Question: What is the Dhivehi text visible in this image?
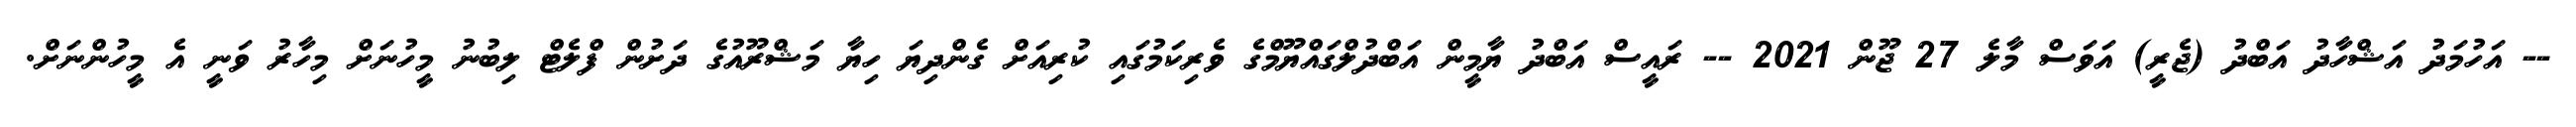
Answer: -- އަހުމަދު އަޝްހާދު އަބްދު (ޖެރީ) އަވަސް މާލެ 27 ޖޫން 2021 -- ރައީސް އަބްދު ޔާމީން އަބްދުލްގައްޔޫމްގެ ވެރިކަމުގައި ކުރިއަށް ގެންދިޔަ ހިޔާ މަޝްރޫއުގެ ދަށުން ފްލެޓް ލިބުނު މީހުނަށް މިހާރު ވަނީ އެ މީހުންނަށް.